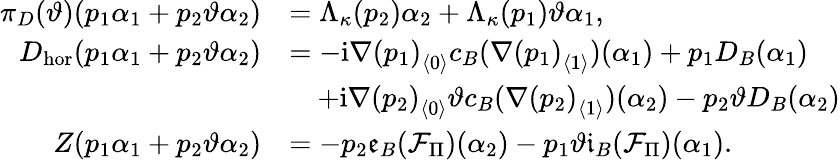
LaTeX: \begin{array}{rl}{\pi_{D}(\vartheta)(p_{1}\alpha_{1}+p_{2}\vartheta\alpha_{2})}&{=\Lambda_{\kappa}(p_{2})\alpha_{2}+\Lambda_{\kappa}(p_{1})\vartheta\alpha_{1},}\\ {D_{\mathrm{hor}}(p_{1}\alpha_{1}+p_{2}\vartheta\alpha_{2})}&{=-\mathrm{i}{\nabla(p_{1})}_{\langle 0\rangle}c_{B}({\nabla(p_{1})}_{\langle 1\rangle})(\alpha_{1})+p_{1}D_{B}(\alpha_{1})}\\ &{\quad+\mathrm{i}{\nabla(p_{2})}_{\langle 0\rangle}\vartheta c_{B}({\nabla(p_{2})}_{\langle 1\rangle})(\alpha_{2})-p_{2}\vartheta D_{B}(\alpha_{2})}\\ {Z(p_{1}\alpha_{1}+p_{2}\vartheta\alpha_{2})}&{=-p_{2}\mathfrak{e}_{B}(\mathcal{F}_{\Pi})(\alpha_{2})-p_{1}\vartheta\mathfrak{i}_{B}(\mathcal{F}_{\Pi})(\alpha_{1}).}\end{array}